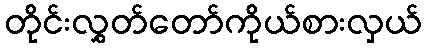
တိုင်းလွှတ်တော်ကိုယ်စားလှယ်